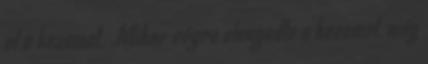
el a kezemet. Mikor végre elengedte a kezemet, még